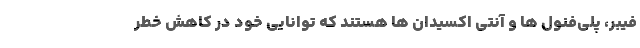
فیبر، پلی‌فنول ها و آنتی اکسیدان ها هستند که توانایی خود در کاهش خطر